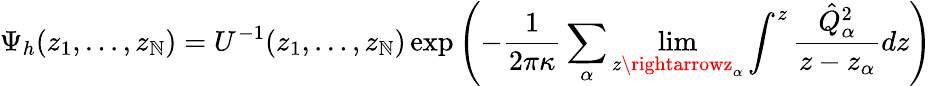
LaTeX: \Psi_{h}(z_{1},\dots,z_{\mathbb{N}})=U^{-1}(z_{1},\dots,z_{\mathbb{N}})\exp\left(-{\frac{{1}}{{2\pi\kappa}}}\sum_{\alpha}\operatorname*{lim}_{z\rightarrowz_{\alpha}}\int^{z}{\frac{{\hat{{Q}}_{\alpha}^{2}}}{{z-z_{\alpha}}}}dz\right)